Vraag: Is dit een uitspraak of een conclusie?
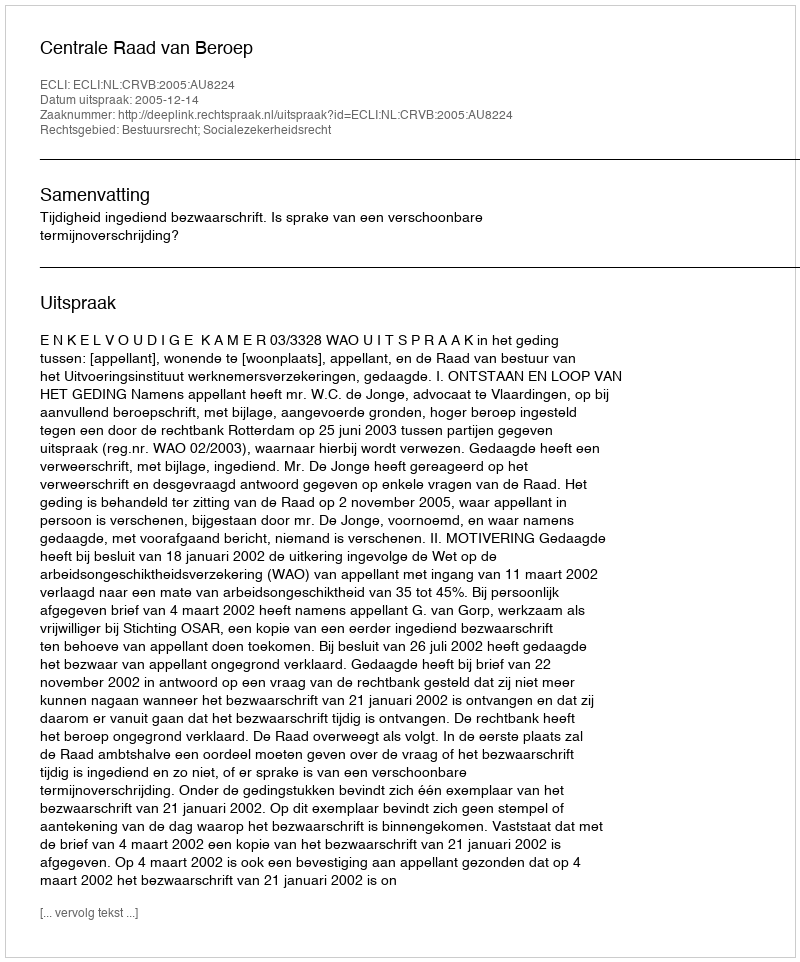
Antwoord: Uitspraak